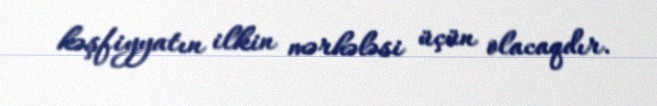
kəşfiyyatın ilkin mərhələsi üçün olacaqdır.